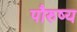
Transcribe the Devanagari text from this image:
पौरुष्य